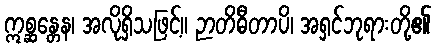
ဣစ္ဆန္တေန၊ အလိုရှိသဖြင့်။ ဉာတိဓီတာပိ၊ အရှင်ဘုရားတို့၏